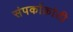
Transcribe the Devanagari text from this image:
संपर्काक्रांती